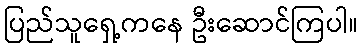
ပြည်သူရှေ့ကနေ ဦးဆောင်ကြပါ။